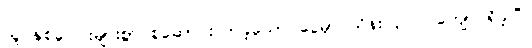
သူ နှစ်ပေါင်းများစွာ စုဆောင်းလာခဲ့သော ငွေမှာ သိန်း ၃၀၀ ကျော် ရှိခဲ့ပြီ။